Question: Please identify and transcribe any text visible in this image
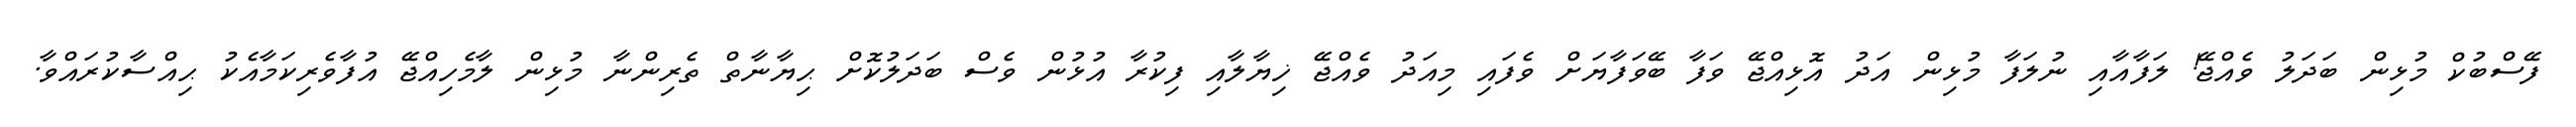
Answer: ފޭސްބުކް މުޅިން ބަދަލު ވެއްޖޭ! ލަފާއާއި ނުލަފާ މުޅިން އަދު އޮޅިއްޖޭ ވަފާ ބޭވަފާޔަށް ވެފައި މިއަދު ވެއްޖޭ ޚިޔާލާއި ފިކުރާ އުޅުން ވެސް ބަދަލުކޮށް ޙިޔާނާތް ތެރިންނާ މުޅިން ލާމެހިއްޖޭ އުފާވެރިކަމާއެކު ޙިއްސާކުރައްވާ.